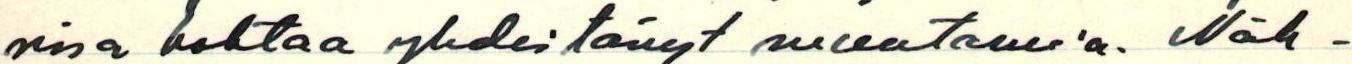
rissa kohtaa yhdistänyt muutamia. Näh-